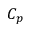
C _ { p }